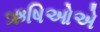
ઋષિઓએ